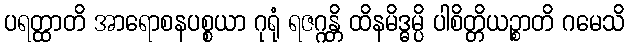
ပရတ္ထာတိ အာရောစနပစ္စယာ ဂုရုံ ရဇဂ္ဂန္တိ ထိနမိဒ္ဓမ္ပိ ပါစိတ္တိယဉ္စာတိ ဂမေသိ